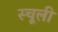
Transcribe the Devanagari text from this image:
स्चूली